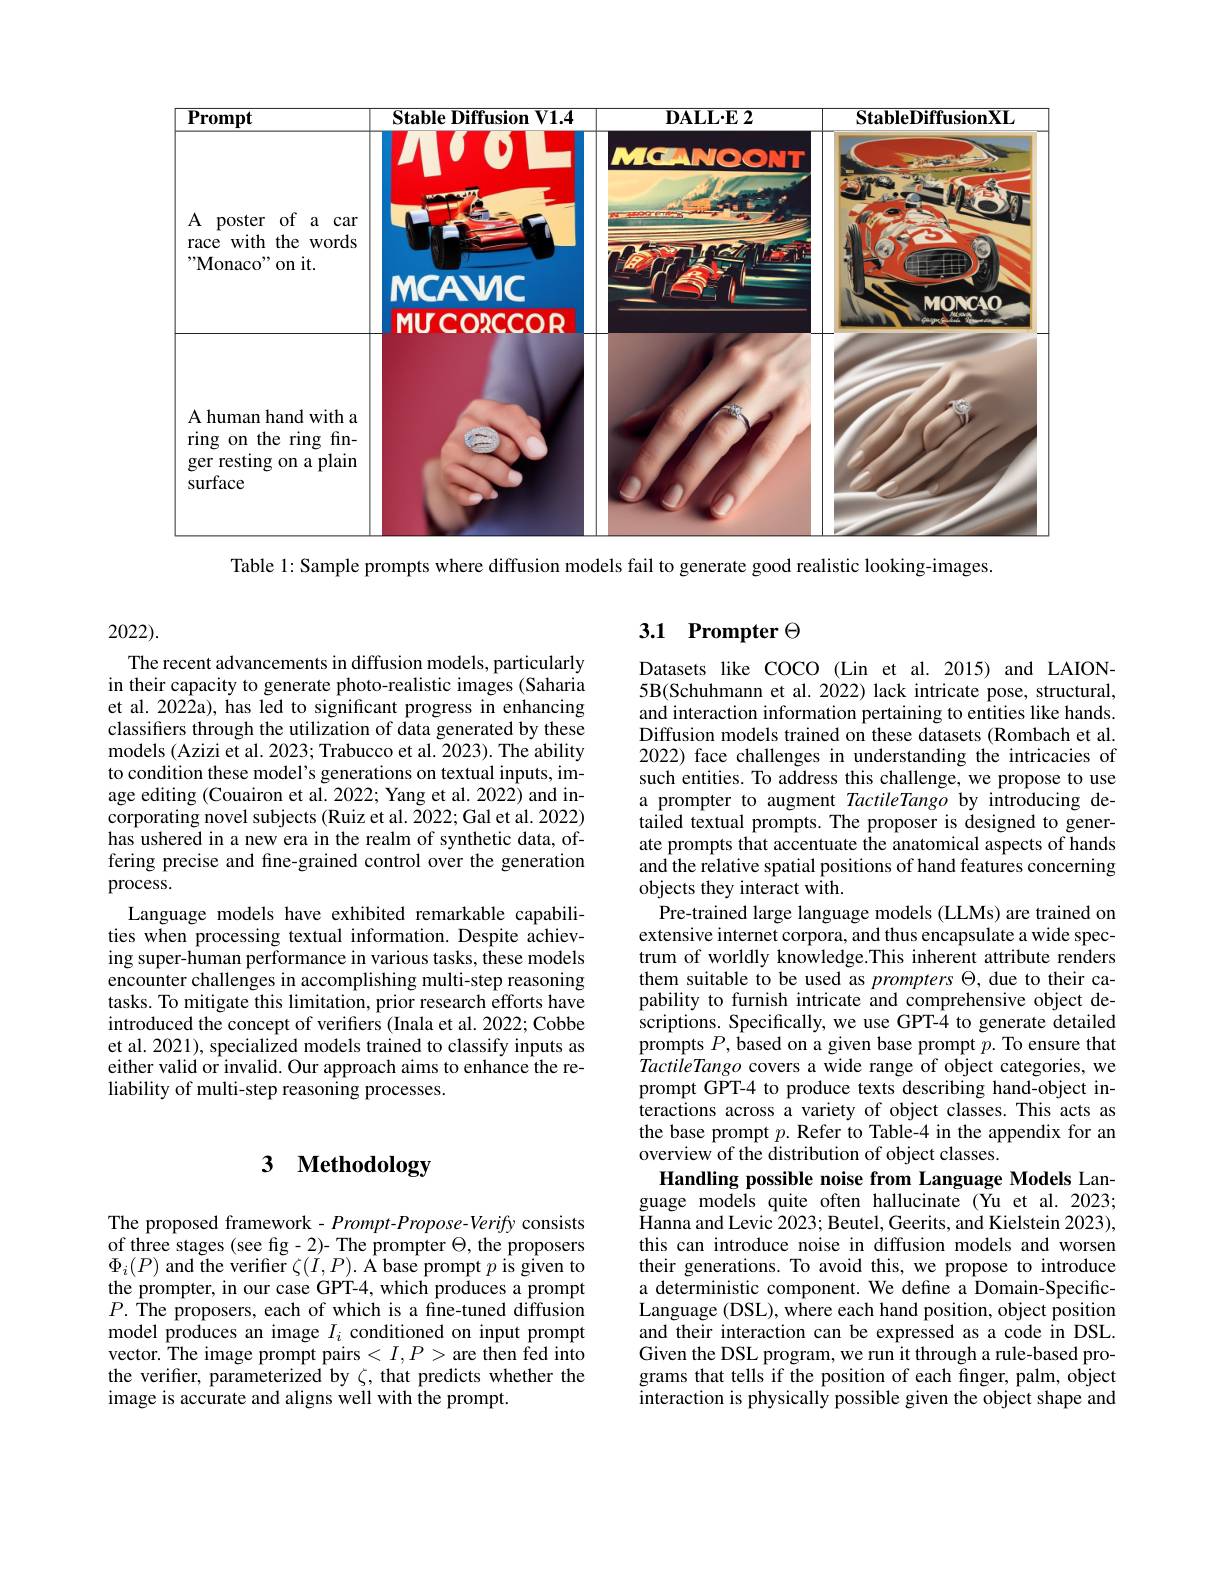
<FigureHere>

Table 1: Sample prompts where diffusion models fail to generate good realistic looking-images.

# 3 Methodology

The proposed framework - Prompt- Propose- Verify consists of three stages (see fig-2)- The prompter $\Theta$, the proposers $\Phi_{i}(P)$ and the verifier $\zeta(\acute{I},P).$ A base prompt $p$ is given to the prompter, in our case GPT-4, which produces a prompt $P.$ The proposers, each of which is a fine-tuned diffusion model produces an image $I_i$ conditioned on input prompt vector. The image prompt pairs $<I,P>$are then fed into the verifier, parameterized by $\zeta$, that predicts whether the image is accurate and aligns well with the prompt.

2022).
The recent advancements in diffusion models, particularly in their capacity to generate photo-realistic images (Saharia et al. 2022a), has led to significant progress in enhancing classifiers through the utilization of data generated by these models (Azizi et al. 2023; Trabucco et al. 2023). The ability to condition these model's generations on textual inputs, image editing (Couairon et al. 2022; Yang et al. 2022) and incorporating novel subjects (Ruiz et al. 2022; Gal et al. 2022) has ushered in a new era in the realm of synthetic data, offering precise and fine-grained control over the generation process.
Language models have exhibited remarkable capabilities when processing textual information. Despite achieving super-human performance in various tasks, these models encounter challenges in accomplishing multi-step reasoning tasks. To mitigate this limitation, prior research efforts have introduced the concept of verifers (Inala et al. 2022; Cobbe et al. 2021), specialized models trained to classify inputs as either valid or invalid. Our approach aims to enhance the reliability of multi-step reasoning processes.

## 3.1 Prompter$\Theta$

Datasets like COCO (Lin et al.2015) and LAION- 5B(Schuhmann et al. 2022) lack intricate pose, structural, and interaction information pertaining to entities like hands. Diffusion models trained on these datasets (Rombach et al. 2022) face challenges in understanding the intricacies of such entities. To address this challenge, we propose to use a prompter to augment TactileTango by introducing detailed textual prompts. The proposer is designed to generate prompts that accentuate the anatomical aspects of hands and the relative spatial positions of hand features concerning objects they interact with.
Pre-trained large language models (LLMs) are trained on extensive internet corpora, and thus encapsulate a wide spectrum of worldly knowledge.This inherent attribute renders them suitable to be used as prompters $\Theta$, due to their capability to furnish intricate and comprehensive object descriptions. Specifically, we use GPT-4 to generate detailed $\hat{\text{prompts }P},\hat{\text{based on a given base prompt }p.}$To ensure that TactileTango covers a wide range of object categories, we prompt GPT-4 to produce texts describing hand-object interactions across a variety of object classes. This acts as the base prompt $p.$ Refer to Table-4 in the appendix for an overview of the distribution of object classes.
Handling possible noise from Language Models Language models quite often hallucinate (Yu et al.2023; Hanna and Levic 2023; Beutel, Geerits, and Kielstein 2023), this can introduce noise in diffusion models and worsen their generations. To avoid this, we propose to introduce a deterministic component. We define a Domain-SpecificLanguage (DSL), where each hand position, object position and their interaction can be expressed as a code in DSL. Given the DSL program, we run it through a rule-based programs that tells if the position of each finger, palm, object interaction is physically possible given the object shape and